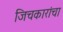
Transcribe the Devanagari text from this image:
जिचकारांचा